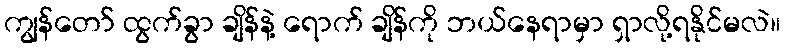
ကျွန်တော် ထွက်ခွာ ချိန်နဲ့ ရောက် ချိန်ကို ဘယ်နေရာမှာ ရှာလို့ရနိုင်မလဲ။